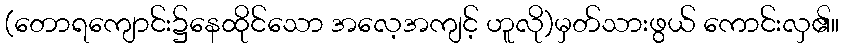
(တောရကျောင်း၌နေထိုင်သော အလေ့အကျင့် ဟူလို)မှတ်သားဖွယ် ကောင်းလှ၏။